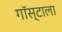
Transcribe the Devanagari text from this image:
गॉस्टाला